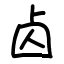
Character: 𠧚